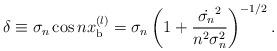
LaTeX: \begin{align*}\delta \equiv \sigma_n \cos n x^{(l)}_{\rm b} =\sigma_n \left( 1+ \frac{\dot{\sigma_n}^2}{n^2\sigma_n^2} \right)^{-1/2}.\end{align*}